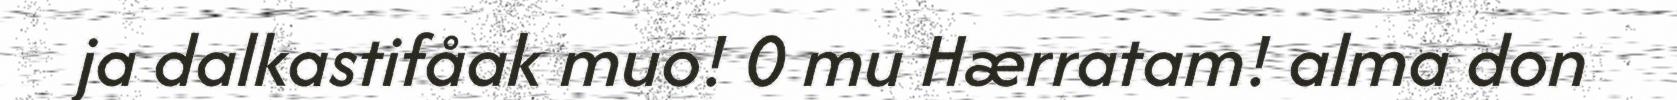
ja dalkastifåak muo! 0 mu Hærratam! alma don